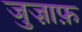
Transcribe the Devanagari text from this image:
जुज़ाफ़